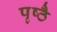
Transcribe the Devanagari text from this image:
पृष्ठै